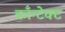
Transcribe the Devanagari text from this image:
काँन्टेक्ट